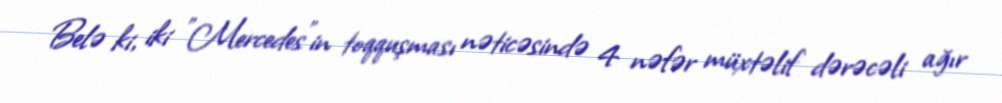
Belə ki, iki "Mercedes"in toqquşması nəticəsində 4 nəfər müxtəlif dərəcəli ağır